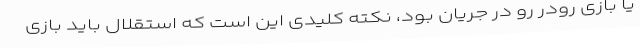
یا بازی رودر رو در جریان بود، نکته کلیدی این است که استقلال باید بازی